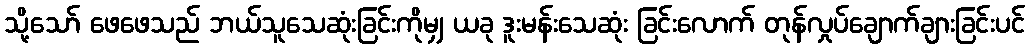
သို့သော် ဖေဖေသည် ဘယ်သူသေဆုံးခြင်းကိုမျှ ယခု ဒူးမန်းသေဆုံး ခြင်းလောက် တုန်လှုပ်ချောက်ချားခြင်းပင်